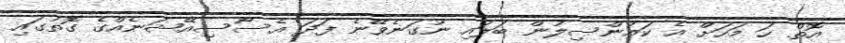
އޮތް ހަ މަހަށް އެ ކައުންސިލުން ބަލައި ނުގަނެވޭނެ ފަދަ އެސޯސިއޭޝަނެއްގެ ގޮތުގައި